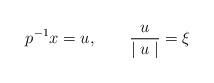
LaTeX: \begin{align*}p^{-1}x =u,~~~~~~\frac{u}{\mid u\mid }= \xi\end{align*}